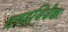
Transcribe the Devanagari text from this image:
दण्डविवेकः